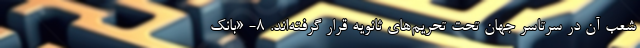
شعب آن در سرتاسر جهان تحت تحریم‌های ثانویه قرار گرفته‌اند. 8- «بانک